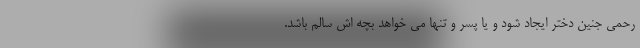
رحمی جنین دختر ایجاد شود و یا پسر و تنها می خواهد بچه اش سالم باشد.